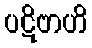
ပဋိဗာဟိ